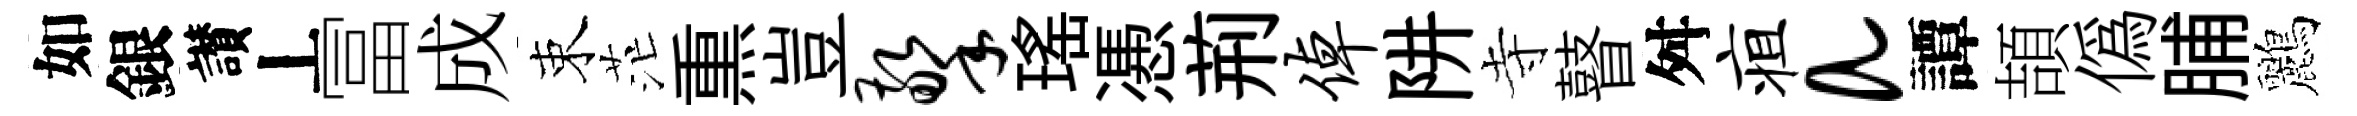
如銀讃丄冨成束茫𤋱豈擎瑤慿荊倬阱寺瞽舛疽a譚頡偽脯鸝